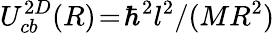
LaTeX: U_{cb}^{2D}(R)\! =\! \hbar^{2}l^{2}/(MR^{2})